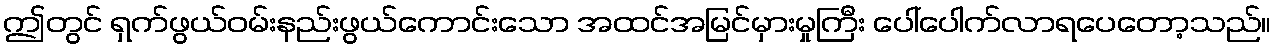
ဤတွင် ရှက်ဖွယ်ဝမ်းနည်းဖွယ်ကောင်းသော အထင်အမြင်မှားမှုကြီး ပေါ်ပေါက်လာရပေတော့သည်။